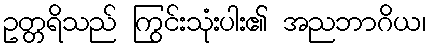
ဥတ္တရိသည် ကြွင်းသုံးပါး၏ အညဘာဂိယ၊